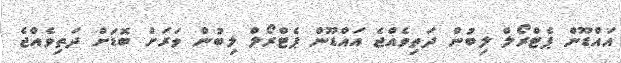
އައްޑޫން ޕެޓްރޯލް ލިބުން ދަތިވެއްޖެ އައްޑޫން ޕެޓްރޯލް ލިބުން ވަރަށް ބޮޑަށް ދަތިވެއްޖެ